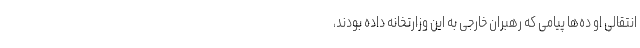
انتقالی او ده‌ها پیامی که رهبران خارجی به این وزارتخانه داده بودند،